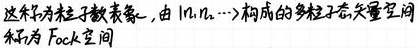
这称为粒子数表象, 由 $|n_1,n_2,\cdots\rangle$ 构成的多粒子态矢量空间称为 Fock 空间.